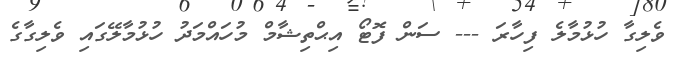
ވެލިގާ ހުޅުމާލެ ފިހާރަ --- ސަން ފޮޓޯ އިޙްތިޝާމް މުހައްމަދު ހުޅުމާލޭގައި ވެލިގާގެ